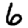
Digit: 6